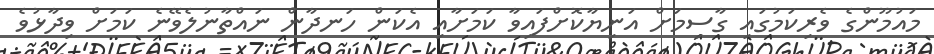
މައުމޫންގެ ވެރިކަމުގައި ގާސިމަށް އަނިޔާކޮށްފައިވާ ކަމަށާއި އެކަން ހަނދާން ނައްތާނުލެވޭނެ ކަމަށް ވިދާޅުވެ